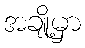
အချို့မှာ